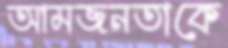
আমজনতাকে